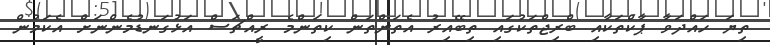
ތިޔަ ހައްދަވާ ޕާކްތަކާއި ބްރިޖްތަކުގައި ތިބޭއިރު އެތަންތަން ކިތަންމެ ރީއްޗަސް އަޅުގަނޑުމެންނަށް އެކަމުން